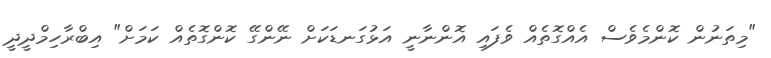
"މިތަނުން ކޮންމެވެސް އެއްގޮތެއް ވެފައި އޮންނާނީ އަޅުގަނޑަކަށް ނޭންގޭ ކޮންގޮތެއް ކަމަށް" އިބްރާހިމްދީދީ